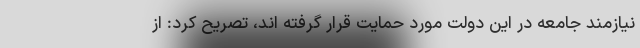
نیازمند جامعه در این دولت مورد حمایت قرار گرفته اند، تصریح کرد: از